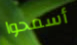
أسمحوا